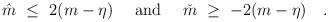
LaTeX: \begin{align*}\hat m\ \leq\ 2(m-\eta)\quad\mbox{ and }\quad \check m\ \geq\ -2(m-\eta)\quad.\end{align*}